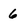
Character: 6